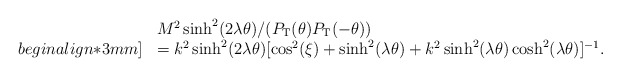
\begin{align*}\begin{array}{ll}&M^2\sinh^2 (2\lambda \theta) /(P_{\rm T}( \theta)P_{\rm T}(-\theta)) \\begin{align*}3mm] &= k^2\sinh^2(2\lambda \theta)[\cos^2(\xi) + \sinh^2(\lambda \theta) + k^2\sinh^2(\lambda \theta)\cosh^2(\lambda \theta)]^{-1}. \end{array}\end{align*}